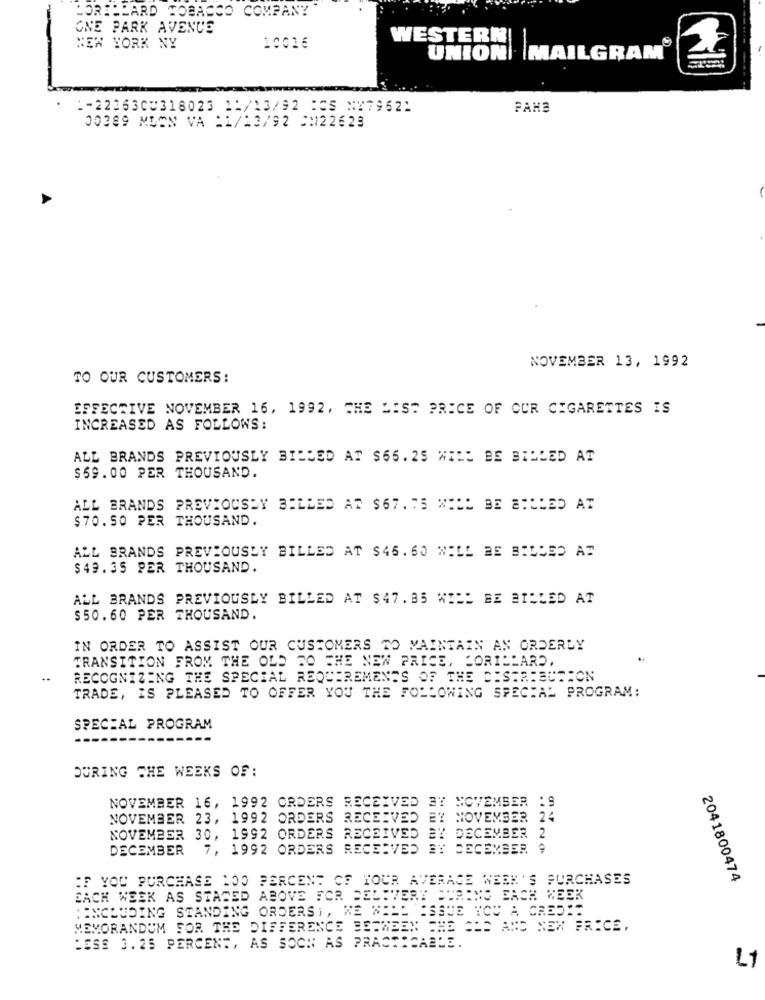
LORIHEARD TOBACCO COMPANY
ONE PARK AVENUE
WESTERN!
NEW YORK NY
10016
2
UNION| |MAILGRAM
1-22363CU318023 11/13/92 :CS N279621
PAHB
00389 MEON VA :1/13/92 CM122623
NOVEMBER 13, 1992
TO OUR CUSTOMERS:
EFFECTIVE NOVEMBER 16, 1992, THE LIST PRICE OF CUR CIGARETTES IS
INCREASED AS FOLLOWS:
ALL BRANDS PREVIOUSLY BILLED AT $66.25 WILL BE BILLED AT
$69.00 PER THOUSAND.
ALL BRANDS PREVIOUSHY BILLED AT $67. 75 WILL BE BILLED AT
$70. 50 PER THOUSAND.
ALL BRANDS PREVIOUSLY BILLED AT $46.60 WILL BE BILLED AT
$49. 35 PER THOUSAND.
ALL BRANDS PREVIOUSLY BILLED AT $47.85 WILL BE BILLED AT
$50.60 PER THOUSAND.
IN ORDER TO ASSIST OUR CUSTOMERS TO MAINTAIN AN ORDERLY
TRANSITION FROM THE OLD TO THE NEW PRICE, LORILLARD.
RECOGNIZING THE SPECIAL REQUIREMENTS OF THE DISTRIBUTION
TRADE, IS PLEASED TO OFFER YOU THE FOLLOWING SPECIAL PROGRAM:
SPECIAL PROGRAM
DURING THE WEEKS OF :
NOVEMBER 16, 1992 ORDERS RECEIVED BY NOVEMBER 19
NOVEMBER 23, 1992 ORDERS RECEIVED EY NOVEMBER 24
NOVEMBER 30, 1992 ORDERS RECEIVED BY DECEMBER 2
DECEMBER
7, 1992 ORDERS RECEIVED BY DECEMBER 9
IF YOU PURCHASE 1OO PERCENT OF YOUR AVERAGE WEEK'S PURCHASES
2041800474
EACH WEEK AS STATED ABOVE FOR DELIVERY DURING EACH WEEK
(INCLUDING STANDING ORDERS), WE WILL ISSUE TOU A CREDIT
MEMORANDUM FOR THE DIFFERENCE BETWEEN THE CHS AND NEW FRECE.
LESS 3.25 PERCENT, AS SOON AS PRACTICABLE.